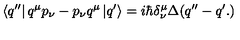
\left\langle q ^ { \prime \prime } \right| q ^ { \mu } p _ { \nu } - p _ { \nu } q ^ { \mu } \left| q ^ { \prime } \right\rangle = i \hbar \delta _ { \nu } ^ { \mu } \Delta ( q ^ { \prime \prime } - q ^ { \prime } . )